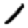
Digit: 1